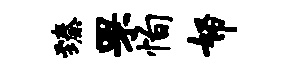
臻罘恂帑